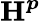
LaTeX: \boldsymbol{\textbf{H}^{p}}